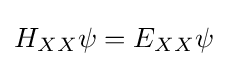
H_{XX}\psi =E_{XX}\psi